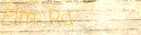
Elm Rd